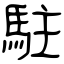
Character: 駐